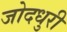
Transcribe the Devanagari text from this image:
जोदधुरी